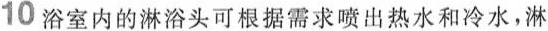
10浴室内的淋浴头可根据需求喷出热水和冷水，淋